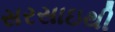
સરસાઇથી